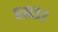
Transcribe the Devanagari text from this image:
६८३।